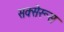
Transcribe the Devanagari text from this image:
सक्सेरूस